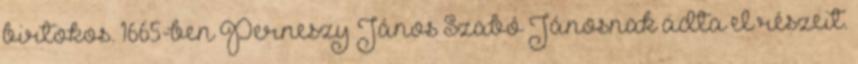
birtokos. 1665-ben Perneszy János Szabó Jánosnak adta el részeit.